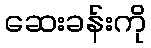
ဆေးခန်းကို